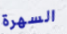
السهرة